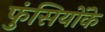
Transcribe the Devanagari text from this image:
फुंसियोंके